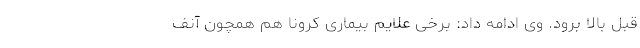
قبل بالا برود. وی ادامه داد: برخی علایم بیماری کرونا هم همچون آنف